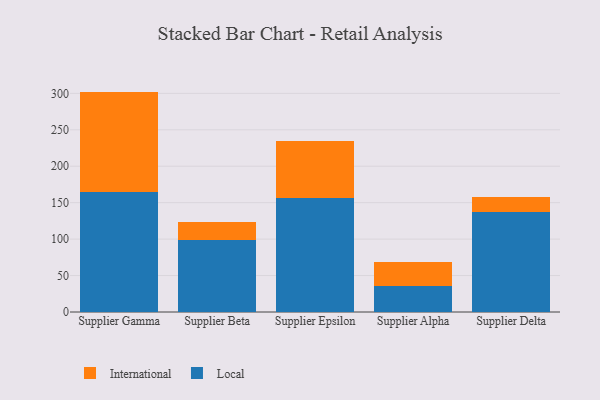
{"axis": {"x": "Supplier", "y": "Temperature (°C)"}, "legend": ["International", "Local"], "data": [{"x": "Supplier Gamma", "y": 165.2, "type": "Local"}, {"x": "Supplier Gamma", "y": 137.2, "type": "International"}, {"x": "Supplier Beta", "y": 99.3, "type": "Local"}, {"x": "Supplier Beta", "y": 23.8, "type": "International"}, {"x": "Supplier Epsilon", "y": 155.9, "type": "Local"}, {"x": "Supplier Epsilon", "y": 78.1, "type": "International"}, {"x": "Supplier Alpha", "y": 35.7, "type": "Local"}, {"x": "Supplier Alpha", "y": 32.7, "type": "International"}, {"x": "Supplier Delta", "y": 136.6, "type": "Local"}, {"x": "Supplier Delta", "y": 21.3, "type": "International"}]}